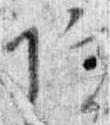
院